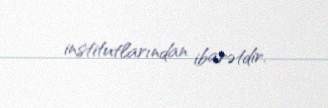
institutlarından ibarətdir.